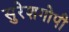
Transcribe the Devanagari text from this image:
सुरेशगोपी